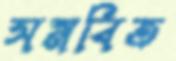
সমবিত